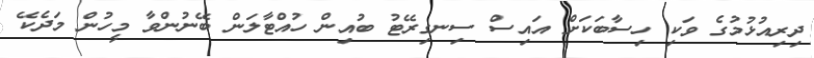
ދިރިއުޅުމުގެ ވަކި ހިސާބަކަށް އައިސް ސިނގިރޭޓު ބުއިން ހުއްޓާލަން ބޭނުންވާ މީހުން މަދެކޭ